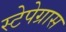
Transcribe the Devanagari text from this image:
स्टेपेग्रास